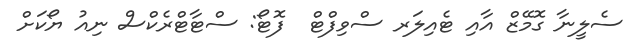
ސެލީނާ ގޮމޭޒް އާއި ޓެއިލަރ ސްވިފްޓް  ފޮޓޯ: ސްޓާޓްރެކްސް ނިއު ޔޯކަށް